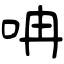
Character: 呥